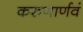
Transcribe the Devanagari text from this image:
करुणार्णवं